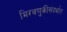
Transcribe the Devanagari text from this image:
मिरवणुकीसंदर्भात